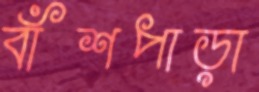
বাঁশপাড়া